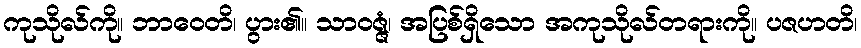
ကုသိုလ်ကို။ ဘာဝေတိ၊ ပွား၏။ သာဝဇ္ဇံ၊ အပြစ်ရှိသော အကုသိုလ်တရားကို။ ပဇဟတိ၊